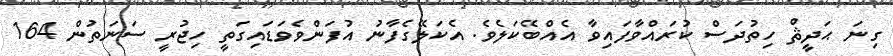
ގިނަ ޙަދީޘް ހިތުދަސް ކުރައްވާފައިވާ އެއްބޭކަލެވެ. އެކަލޭގެފާނު އުފަންވެވަޑައިގަތީ ހިޖުރީ ސަނަތުން 164